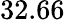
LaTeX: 32.66